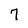
Character: 7